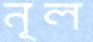
নূল